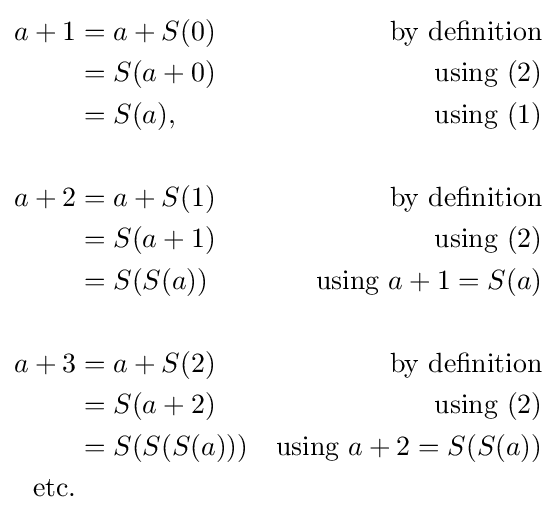
{\begin{aligned}a+1&=a+S(0)&{\mbox{by definition}}\\&=S(a+0)&{\mbox{using (2)}}\\&=S(a),&{\mbox{using (1)}}\\\\a+2&=a+S(1)&{\mbox{by definition}}\\&=S(a+1)&{\mbox{using (2)}}\\&=S(S(a))&{\mbox{using }}a+1=S(a)\\\\a+3&=a+S(2)&{\mbox{by definition}}\\&=S(a+2)&{\mbox{using (2)}}\\&=S(S(S(a)))&{\mbox{using }}a+2=S(S(a))\\{\text{etc.}}&\\\end{aligned}}